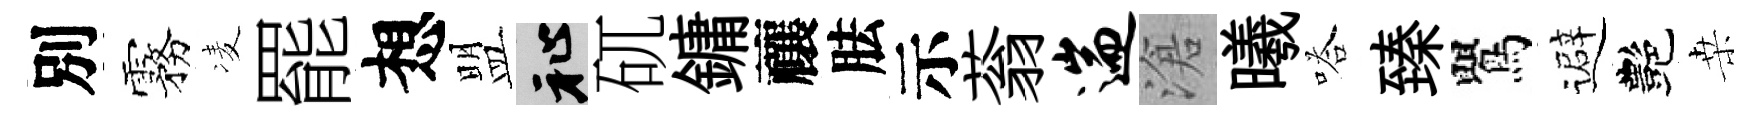
別霧凌罷想盟祉矹鏞禳胠示蓊遄滄曦嗒臻鸎避艷桒